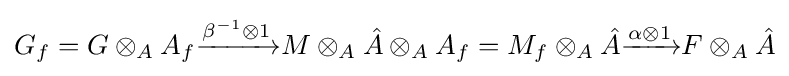
G_{f}=G\otimes _{A}A_{f}{\xrightarrow {\beta ^{-1}\otimes 1}}M\otimes _{A}{\hat {A}}\otimes _{A}A_{f}=M_{f}\otimes _{A}{\hat {A}}{\xrightarrow {\alpha \otimes 1}}F\otimes _{A}{\hat {A}}